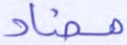
مضاد